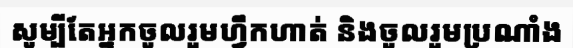
សូម្បីតែអ្នកចូលរួមហ្វឹកហាត់ និងចូលរួមប្រណាំង